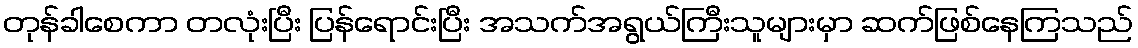
တုန်ခါစေကာ တလုံးပြီး ပြန်ရောင်းပြီး အသက်အရွယ်ကြီးသူများမှာ ဆက်ဖြစ်နေကြသည်